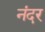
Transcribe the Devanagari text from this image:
नंदर